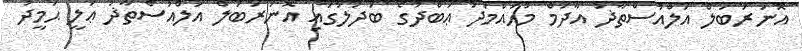
އޮނަރަބަލް އަލްއުސްތާޛު އާދަމް މުޙައްމަދު ޢަބްދުގެ ބަދަލުގައި އޮނަރަބަލް އަލްއުސްތާޛު ޢަލީ ޙަމީދު